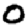
Digit: 0